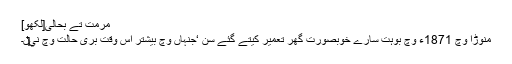
مرمت تے بحالی[لکھو]
منوڑا وچ 1871ء وچ بوہت سارے خوبصورت گھر تعمیر کیتے گئے سن ‘جنہاں وچ بیشتر اس وقت بری حالت وچ ني‏‏‏‏ں۔